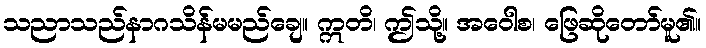
သညာသည်နာဂသိန်မမည်ချေ။ ဣတိ၊ ဤသို့။ အဝေါစ၊ ဖြေဆိုတော်မူ၏။